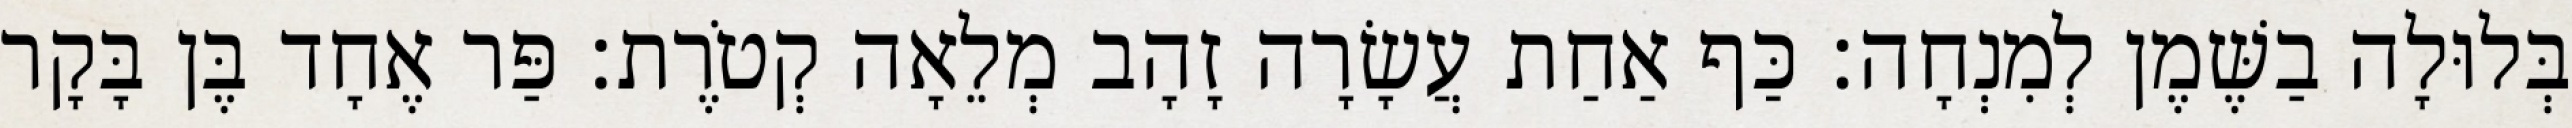
בְּלוּלָה בַשֶּׁמֶן לְמִנְחָה׃ כַּף אַחַת עֲשָׂרָה זָהָב מְלֵאָה קְטֹרֶת׃ פַּר אֶחָד בֶּן בָּקָר